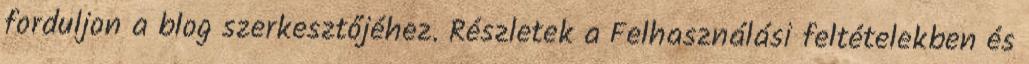
forduljon a blog szerkesztőjéhez. Részletek a Felhasználási feltételekben és